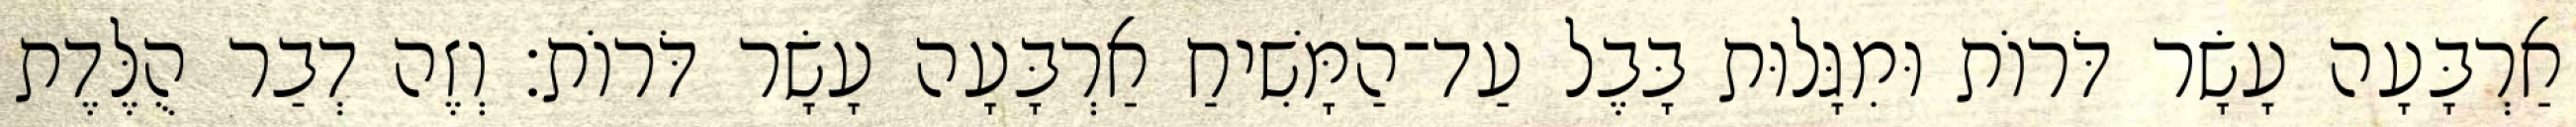
אַרְבָּעָה עָשָׂר דֹּרוֹת וּמִגָּלוּת בָּבֶל עַד־הַמָּשִׁיחַ אַרְבָּעָה עָשָׂר דֹּרוֹת׃ וְזֶה דְבַר הֻלֶּדֶת